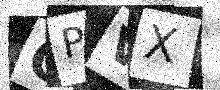
Text: OPVX